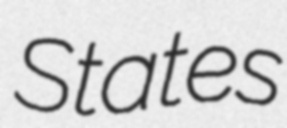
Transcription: States